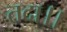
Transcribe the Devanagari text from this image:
तदा।।